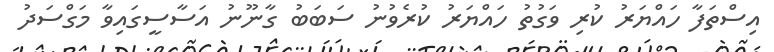
އިސްތަފާ ހައްޔަރު ކުރި ވަގުތު ހައްޔަރު ކުރެވުނު ސަބަބު ގާނޫނު އަސާސީގައިވާ މަގްސަދު